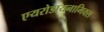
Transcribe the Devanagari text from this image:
एयरोडायनामिक्स